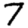
Digit: 7